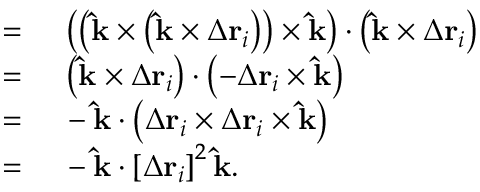
\begin{array} { r l } { = { } } & { { } \left( \left( \mathbf { \hat { k } } \times \left( \mathbf { \hat { k } } \times \Delta \mathbf { r } _ { i } \right) \right) \times \mathbf { \hat { k } } \right) \cdot \left( \mathbf { \hat { k } } \times \Delta \mathbf { r } _ { i } \right) } \\ { = { } } & { { } \left( \mathbf { \hat { k } } \times \Delta \mathbf { r } _ { i } \right) \cdot \left( - \Delta \mathbf { r } _ { i } \times \mathbf { \hat { k } } \right) } \\ { = { } } & { { } - \mathbf { \hat { k } } \cdot \left( \Delta \mathbf { r } _ { i } \times \Delta \mathbf { r } _ { i } \times \mathbf { \hat { k } } \right) } \\ { = { } } & { { } - \mathbf { \hat { k } } \cdot \left[ \Delta \mathbf { r } _ { i } \right] ^ { 2 } \mathbf { \hat { k } } . } \end{array}